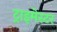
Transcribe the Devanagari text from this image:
ट्राइमेस्टर